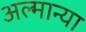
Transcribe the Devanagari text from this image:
अल्मान्या